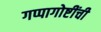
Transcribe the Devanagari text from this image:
गप्पागोष्टींची